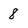
Character: 8